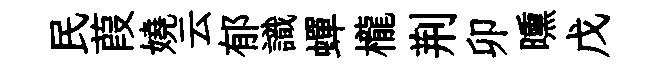
民葭嬈云郁識蟬櫳荆卯曛戊